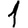
Digit: 1